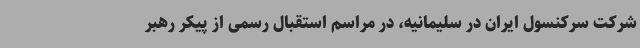
شرکت سرکنسول ایران در سلیمانیه، در مراسم استقبال رسمی از پیکر رهبر